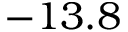
- 1 3 . 8